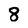
Character: 8